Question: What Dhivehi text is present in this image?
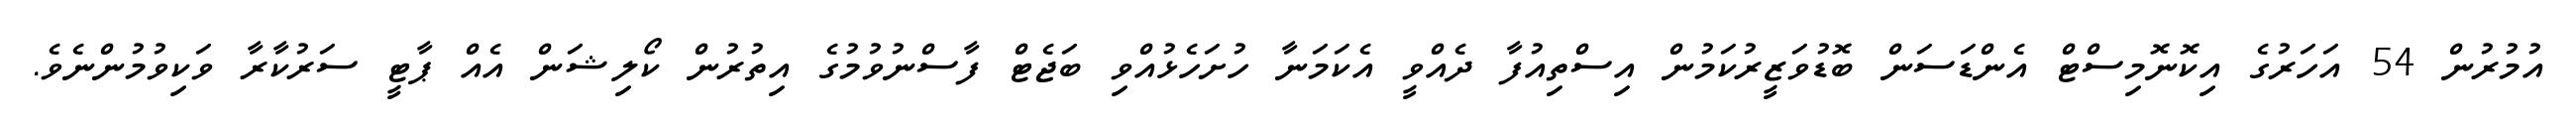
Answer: އުމުރުން 54 އަހަރުގެ އިކޮނޮމިސްޓް އެންޑަސަން ބޮޑުވަޒީރުކަމުން އިސްތިއުފާ ދެއްވީ އެކަމަނާ ހުށަހެޅުއްވި ބަޖެޓް ފާސްނުވުމުގެ އިތުރުން ކޯލިޝަން އެއް ޕާޓީ ސަރުކާރާ ވަކިވުމުންނެވެ.